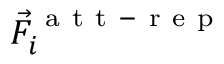
\vec { F } _ { i } ^ { \mathrm { ~ a ~ t ~ t ~ - ~ r ~ e ~ p ~ } }